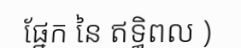
ផ្នែក នៃ ឥទ្ធិពល )